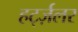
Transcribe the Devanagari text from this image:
हर्ट्ज़लर